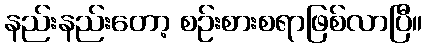
နည်းနည်းတော့ စဉ်းစားစရာဖြစ်လာပြီ။